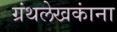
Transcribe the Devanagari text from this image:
ग्रंथलेखकांना